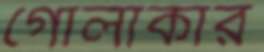
গোলাকার